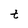
Character: t